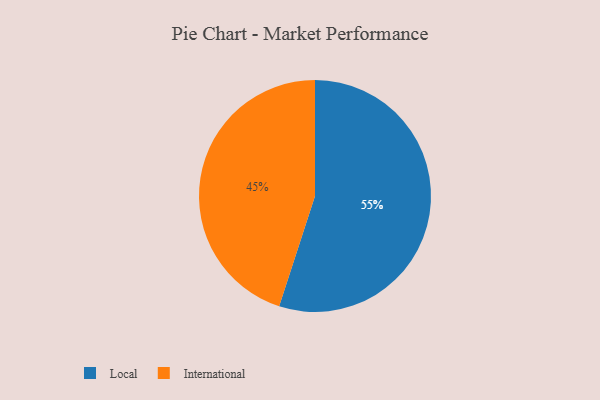
{"axis": {"x": "Category", "y": "Percentage"}, "legend": ["International", "Local"], "data": [{"x": "International", "y": 45, "type": "International"}, {"x": "Local", "y": 55, "type": "Local"}]}